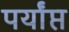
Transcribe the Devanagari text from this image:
पर्यांप्त